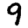
Digit: 9